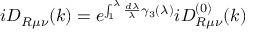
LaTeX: i D _ { R \mu \nu } ( k ) = e ^ { \int _ { 1 } ^ { \lambda } \frac { d \lambda } \lambda \gamma _ { 3 } ( \lambda ) } i D _ { R \mu \nu } ^ { ( 0 ) } ( k )